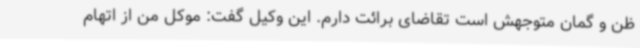
ظن و گمان متوجهش است تقاضای برائت دارم. این وکیل گفت: موکل من از اتهام